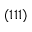
( 1 1 1 )